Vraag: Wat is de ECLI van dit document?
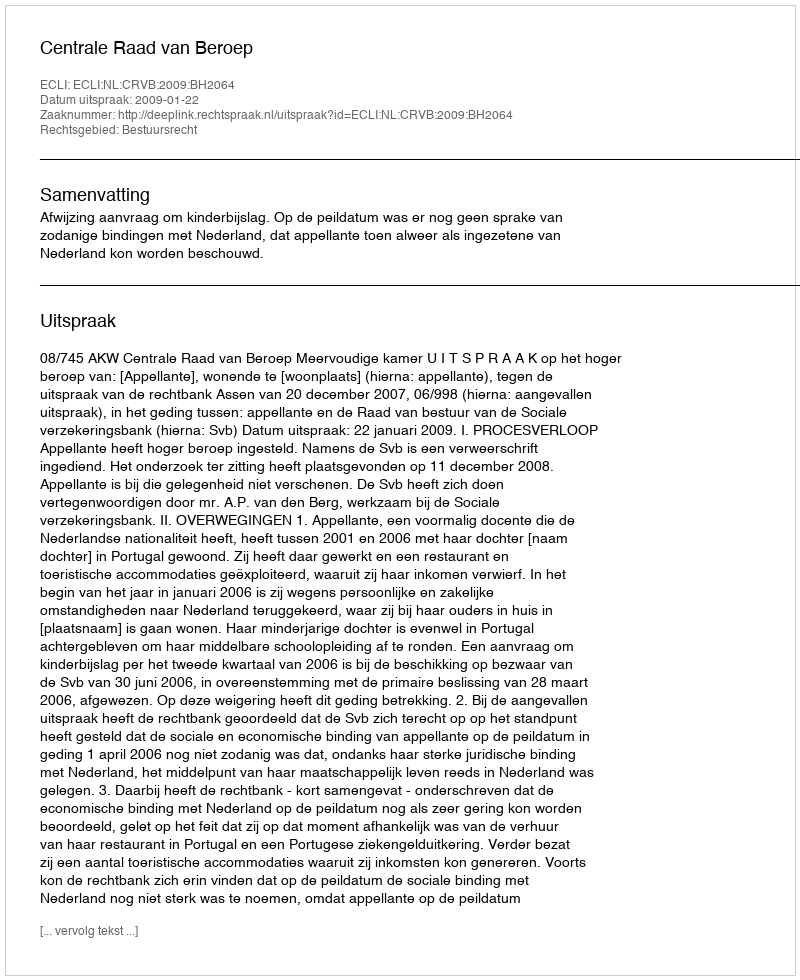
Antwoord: ECLI:NL:CRVB:2009:BH2064